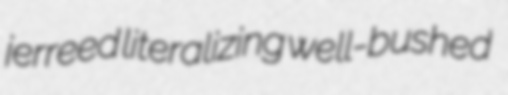
jerreed literalizing well-bushed